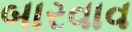
બારવાવ